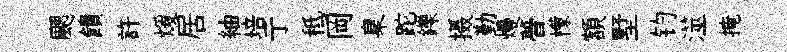
颸饋許煖居紬培亍秪岡臬跎鑠摄勤熳瞢檬額墅钧澨掩